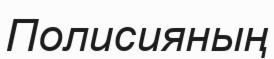
Полисияның